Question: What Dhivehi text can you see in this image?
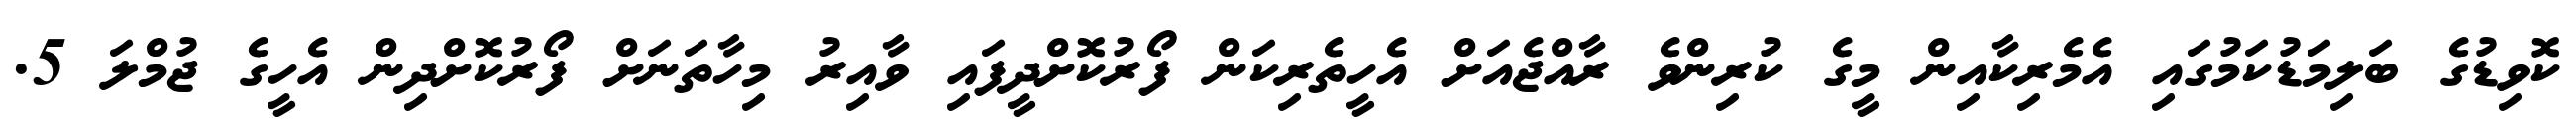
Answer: ކޮވިޑުގެ ބަލިމަޑުކަމުގައި އެމެރިކާއިން މީގެ ކުރިންވެ ރާއްޖެއަށް އެހީތެރިކަން ފޯރުކޮށްދީފައި ވާއިރު މިހާތަނަށް ފޯރުކޮށްދިން އެހީގެ ޖުމްލަ 5.